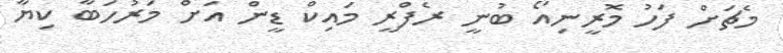
މެޗަށް ފަހު މޮރީނިއޯ ބުނީ ރެފްރީ މައިކް ޑީން އަށް މަރުހަބާ ކިޔާ